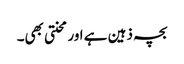
بچہ ذہین ہے اور محنتی بھی۔